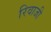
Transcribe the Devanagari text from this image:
रिवाजी